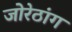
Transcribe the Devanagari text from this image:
जोरेठांग